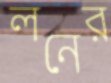
লনের